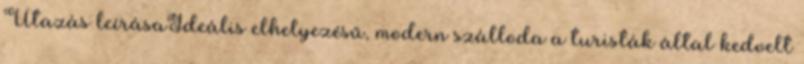
Utazás leírásaIdeális elhelyezésű, modern szálloda a turisták által kedvelt